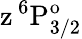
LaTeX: \mathrm{z\, ^{6}P_{3/2}^{o}}